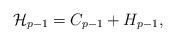
LaTeX: \begin{align*}{\cal H}_{p - 1} = C_{p - 1} + H_{p - 1},\end{align*}